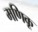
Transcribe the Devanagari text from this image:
मणिकू